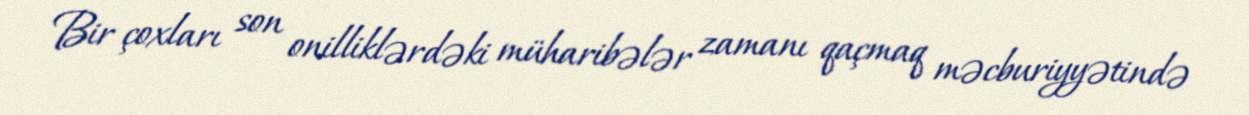
Bir çoxları son onilliklərdəki müharibələr zamanı qaçmaq məcburiyyətində